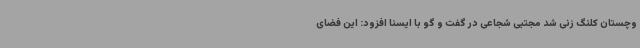
وچستان کلنگ زنی شد مجتبی شجاعی در گفت و گو با ایسنا افزود: این فضای